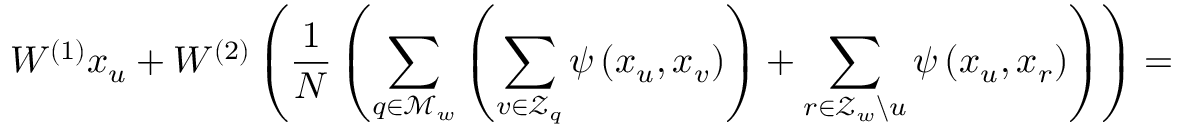
W ^ { ( 1 ) } x _ { u } + W ^ { ( 2 ) } \left( \frac { 1 } { N } \left( \sum _ { q \in \mathcal { M } _ { w } } \left( \sum _ { v \in \mathcal { Z } _ { q } } \psi \left( x _ { u } , x _ { v } \right) \right) + \sum _ { r \in \mathcal { Z } _ { w } \backslash u } \psi \left( x _ { u } , x _ { r } \right) \right) \right) =